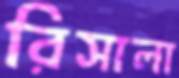
রিসালা